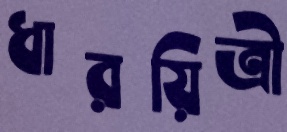
ধারয়িত্রী